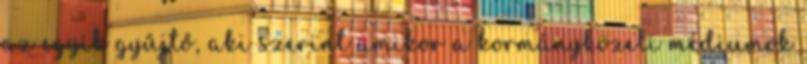
az egyik gyűjtő, aki szerint amikor a kormányközeli médiumok